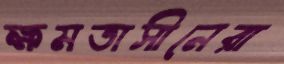
ক্ষমতাসীনেরা